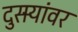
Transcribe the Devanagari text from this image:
दुसर्‍यांवर